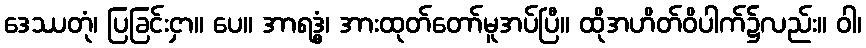
ဒေဿတုံ၊ ပြခြင်းငှာ။ ပေ။ အာရဒ္ဓွံ၊ အားထုတ်တော်မူအပ်ပြီ။ ထိုအဟိတ်ဝိပါက်၌လည်း။ ဝါ၊